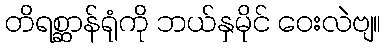
တိရစ္ဆာန်ရုံကို ဘယ်နှမိုင် ဝေးလဲဗျ။